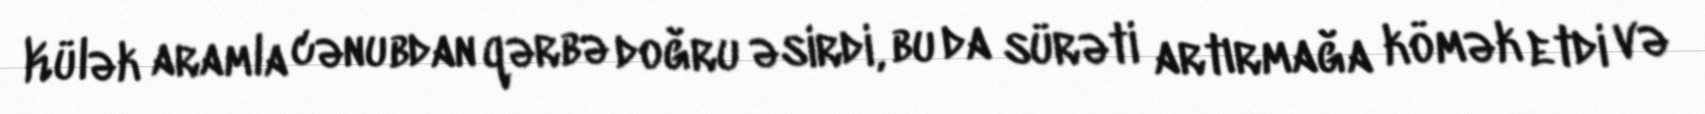
Külək aramla cənubdan qərbə doğru əsirdi, bu da sürəti artırmağa kömək etdi və